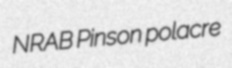
NRAB Pinson polacre